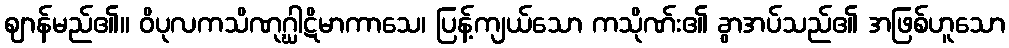
ဈာန်မည်၏။ ဝိပုလကသိဏုဂ္ဃါဋိမာကာသေ၊ ပြန့်ကျယ်သော ကသိုဏ်း၏ ခွာအပ်သည်၏ အဖြစ်ဟူသော